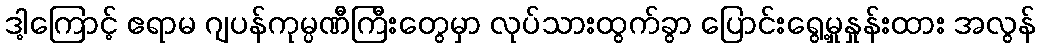
ဒါ့ကြောင့် ဧရာမ ဂျပန်ကုမ္ပဏီကြီးတွေမှာ လုပ်သားထွက်ခွာ ပြောင်းရွေ့မှုနှုန်းထား အလွန်